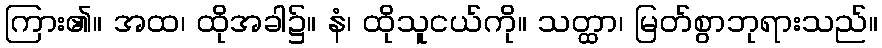
ကြား၏။ အထ၊ ထိုအခါ၌။ နံ၊ ထိုသူငယ်ကို။ သတ္ထာ၊ မြတ်စွာဘုရားသည်။